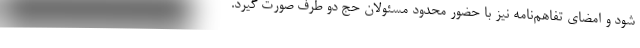
‌شود و امضای تفاهم‌نامه نیز با حضور محدود مسئولان حج دو طرف صورت گیرد.